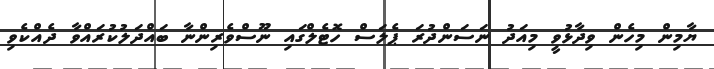
ޔާމިން މިހެން ވިދާޅުވީ މިއަދު ނަސަންދުރަ ޕެލަސް ހޮޓެލްގައި ނޫސްވެރިންނާ ބައްދަލުކުރައްވާ ދެއްކެވި